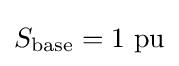
S_{\text{base}}=1{\text{ pu}}